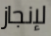
لإنجاز